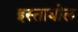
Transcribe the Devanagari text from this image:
इस्ताबोल